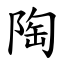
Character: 陶